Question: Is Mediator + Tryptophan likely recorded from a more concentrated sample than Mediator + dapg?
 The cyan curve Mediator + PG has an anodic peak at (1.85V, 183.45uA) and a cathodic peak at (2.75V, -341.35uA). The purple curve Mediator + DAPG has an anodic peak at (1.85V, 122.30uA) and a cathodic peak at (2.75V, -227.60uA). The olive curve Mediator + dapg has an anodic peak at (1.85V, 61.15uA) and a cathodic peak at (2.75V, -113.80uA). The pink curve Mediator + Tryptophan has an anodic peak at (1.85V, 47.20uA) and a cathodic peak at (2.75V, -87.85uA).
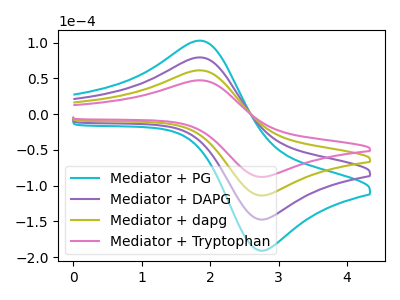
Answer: <think>All the peaks in "Mediator + Tryptophan" have a peak in "Mediator + dapg" at the same potential. Every peak in "Mediator + Tryptophan" is lower than every peak in "Mediator + dapg".
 </think>
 <answer>"Mediator + Tryptophan" has less signal than "Mediator + dapg".</answer>
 <eval>less_signal</eval>